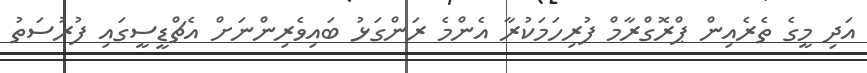
އަދި މީގެ ތެރެއިން ޕްރޮގްރާމް ފުރިހަމަކުރާ އެންމެ ރަންގަޅު ބައިވެރިންނަށް އެޗްޑީސީގައި ފުރުސަތު